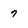
Character: 7